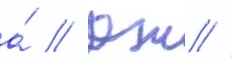
а́ // Дж //